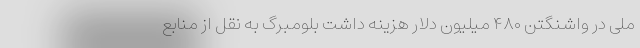
ملی در واشنگتن ۴۸۰ میلیون دلار هزینه داشت بلومبرگ به نقل از منابع